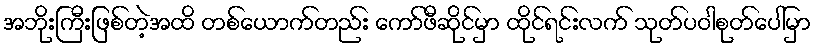
အဘိုးကြီးဖြစ်တဲ့အထိ တစ်ယောက်တည်း ကော်ဖီဆိုင်မှာ ထိုင်ရင်းလက် သုတ်ပဝါစုတ်ပေါ်မှာ